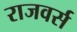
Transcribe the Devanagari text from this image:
राजवर्स